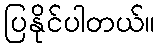
ပြနိုင်ပါတယ်။